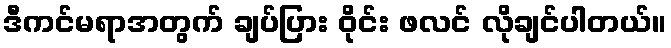
ဒီကင်မရာအတွက် ချပ်ပြား ဝိုင်း ဖလင် လိုချင်ပါတယ်။